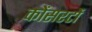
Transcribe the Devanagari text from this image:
कोंसरटों